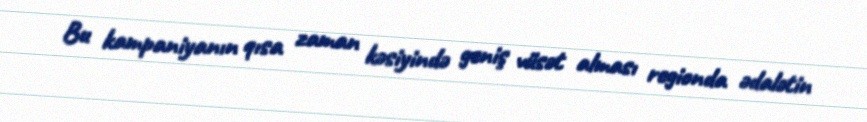
Bu kampaniyanın qısa zaman kəsiyində geniş vüsət alması regionda ədalətin